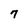
Character: 7